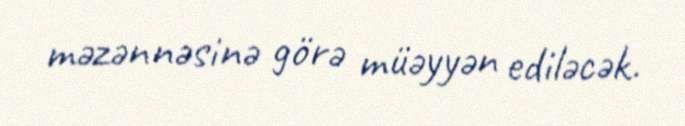
məzənnəsinə görə müəyyən ediləcək.